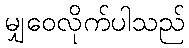
မျှဝေလိုက်ပါသည်